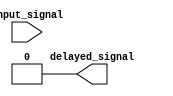
module NAND_Gate_Delay #(parameter DELAY = 10)
    (
    input wire input_signal,
    output reg delayed_signal
    );
    
    reg NAND_output;
    
    always @ (posedge input_signal)
    begin
        NAND_output <= ~input_signal;
    end
    
    always @ (posedge NAND_output)
    begin
        delayed_signal <= NAND_output;
    end
    
    initial
    begin
        delayed_signal <= 1'b0;
    end
    
    always @ (delayed_signal)
    #DELAY delayed_signal <= 1'b0;
    
endmodule